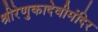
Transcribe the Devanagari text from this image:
श्रीरेणुकादेवीमंदिर